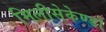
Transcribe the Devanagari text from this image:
मिलीसेकेण्डों